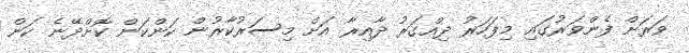
ވަރަށް ފެންވަރުގައި މިފަހަރު ދިއްގަރު ދާއިރާ އަށް މިސަރުކާރުން ކަންކަން ކޮށްދޭނެ ކަން